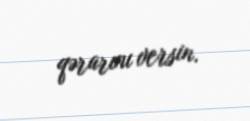
qərarını versin.